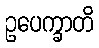
ဥပေက္ခာတိ